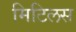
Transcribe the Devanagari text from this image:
मिटिलस